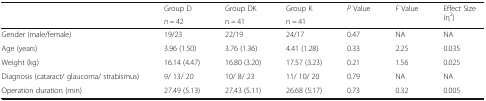
| <ROWSPAN=2>  | Group D | Group DK | Group K | <ROWSPAN=2> P Value | <ROWSPAN=2> F Value | <ROWSPAN=2> Effect Size(η2) |
 | n = 42 | n = 41 | n = 41 |
 | --- | --- | --- | --- | --- | --- | --- |
 | Gender (male/female) | 19/23 | 22/19 | 24/17 | 0.47 | NA | NA |
 | Age (years) | 3.96 (1.50) | 3.76 (1.36) | 4.41 (1.28) | 0.33 | 2.25 | 0.035 |
 | Weight (kg) | 16.14 (4.47) | 16.80 (3.20) | 17.57 (3.23) | 0.21 | 1.56 | 0.025 |
 | Diagnosis (cataract/ glaucoma/ strabismus) | 9/ 13/ 20 | 10/ 8/ 23 | 11/ 10/ 20 | 0.79 | NA | NA |
 | Operation duration (min) | 27.49 (5.13) | 27.43 (5.11) | 26.68 (5.17) | 0.73 | 0.32 | 0.005 |